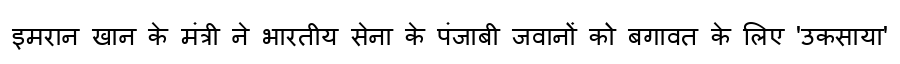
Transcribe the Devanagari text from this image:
इमरान खान के मंत्री ने भारतीय सेना के पंजाबी जवानों को बगावत के लिए 'उकसाया'